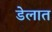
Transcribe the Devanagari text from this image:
डेलात